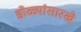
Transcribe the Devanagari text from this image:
डोळ्यांसारखे